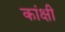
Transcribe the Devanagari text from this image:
कांक्षी